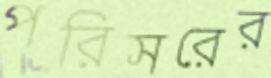
পরিসরের